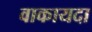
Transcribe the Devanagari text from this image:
वाकायदा